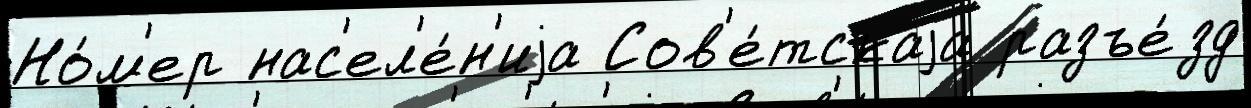
Но́м'ер нас'ел'е́н'иjа Сов'е́тскаjа разъе́зд